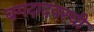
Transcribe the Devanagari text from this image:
बगदादवरची